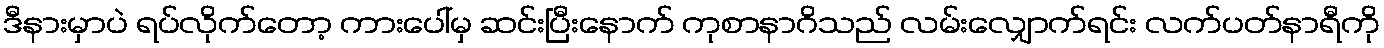
ဒီနားမှာပဲ ရပ်လိုက်တော့ ကားပေါ်မှ ဆင်းပြီးနောက် ကုစာနာဂိသည် လမ်းလျှောက်ရင်း လက်ပတ်နာရီကို